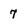
Character: 7